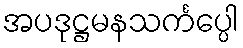
အပဒုဋ္ဌမနသင်္ကပ္ပေါ